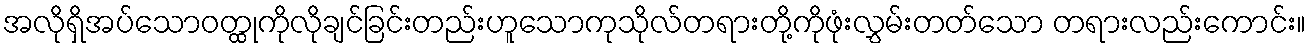
အလိုရှိအပ်သောဝတ္ထုကိုလိုချင်ခြင်းတည်းဟူသောကုသိုလ်တရားတို့ကိုဖုံးလွှမ်းတတ်သော တရားလည်းကောင်း။